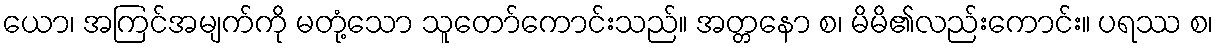
ယော၊ အကြင်အမျက်ကို မတုံ့သော သူတော်ကောင်းသည်။ အတ္တနော စ၊ မိမိ၏လည်းကောင်း။ ပရဿ စ၊